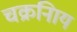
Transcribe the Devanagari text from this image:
चक्रनािय